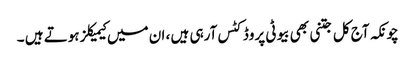
چونکہ آج کل جتنی بھی بیوٹی پروڈکٹس آرہی ہیں ، ان میں کیمیکلز ہوتے ہیں ۔